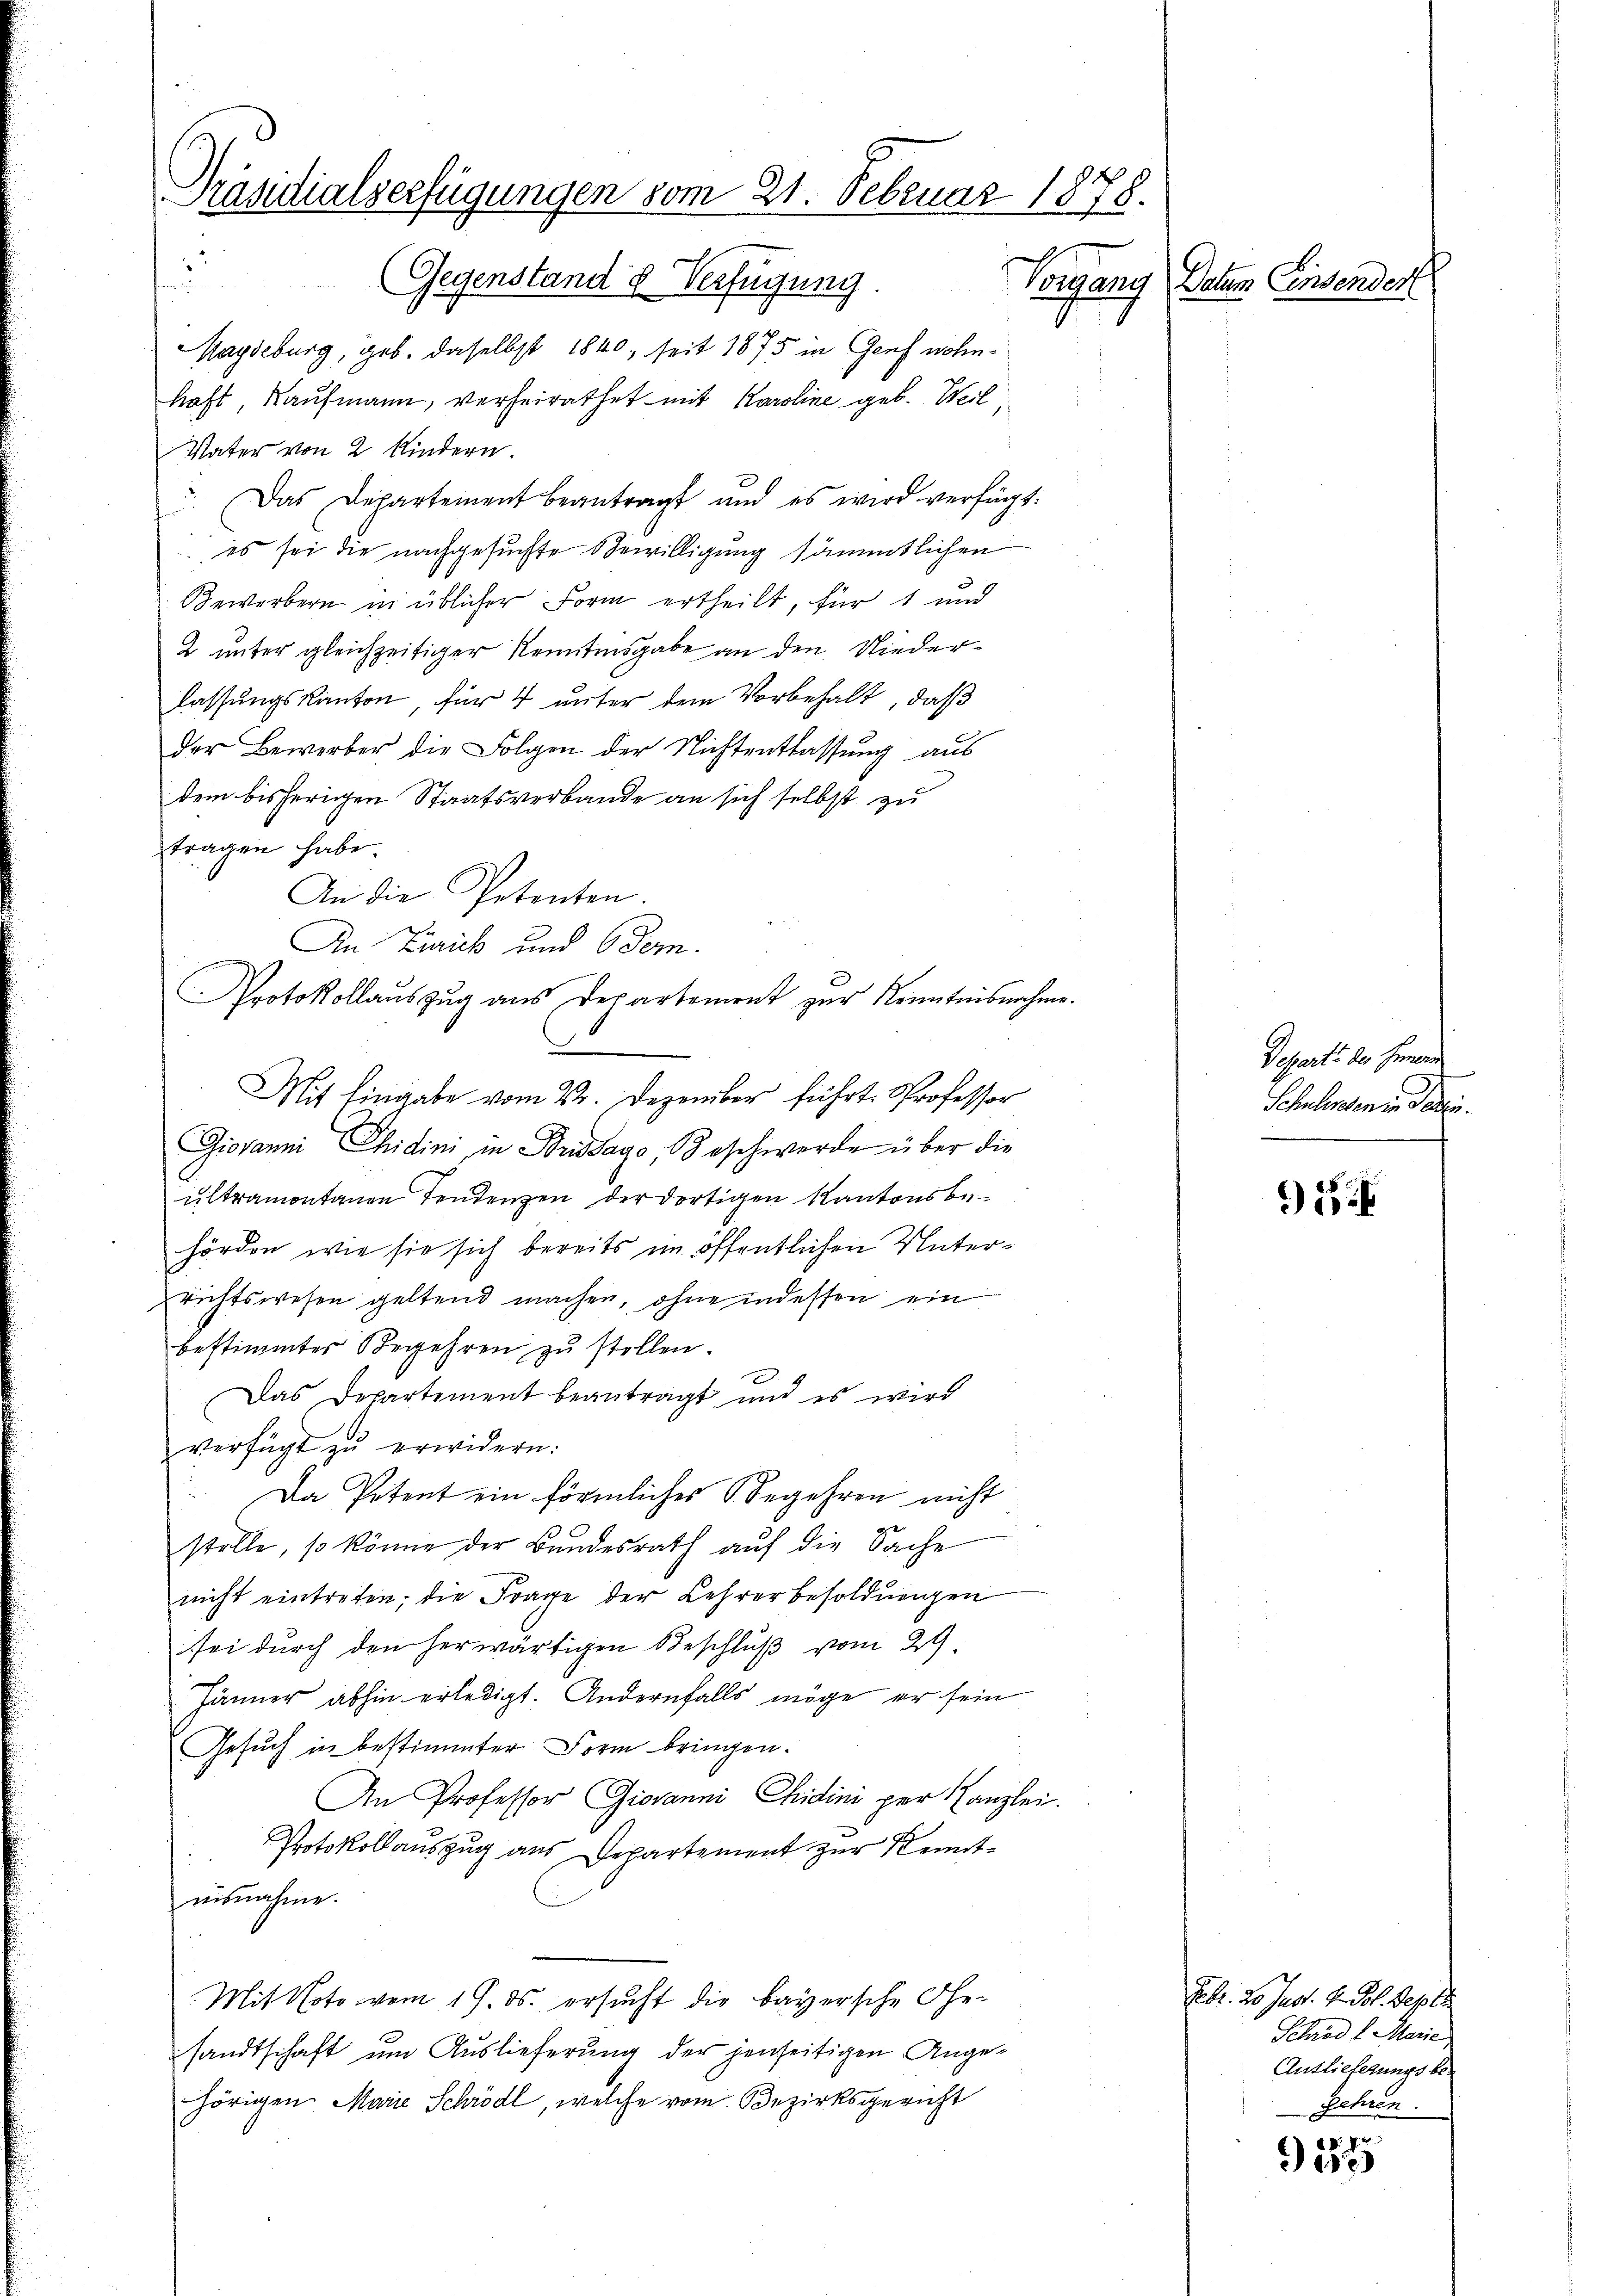
Präsidialverfügungen vom 21. Februar 1878.
Gegenstand d Verfügung Vorgang
Datum Einsendert

Magdeburg, geb. daselbst 1840, seit 1875 in Genf wohnhaft Kaufmann, verheirathet mit Karoline geb. Weil
Vater von 2 Kindern
. Das Departement beantragt und es wird verfügt:
 es sei die nachgesuchte Bewilligung sämmtlichen
Bewerbern in üblicher Form ertheilt, für 1 und
2 unter gleichzeitiger Kenntnisgabe an den Niederlassungskanton für 4 unter dem Vorbehalt, daß
der Bewerber die Folgen der Nichtentlassung aus
dem bisherigen Staatsverbande an sich selbst zu
tragen habe.
An die Petenten.
In Zürich und Oder.
Protokollauszug aus Departement zur Kenntnisnahme.
.
Mit Eingabe vom 22. Dezember führt Professor
Giovanni Chidimi, in Brissago Beschwerde über die
ultramontanen Tendenzen der dortigen Kantonsbehörden, wie sie sich bereits im öffentlichen Unterrichtswesen geltend machen, ohne indessen ein
bestimmter Begehren zŭ stellen.
Das Departement beantragt und es wird
verfügt zŭ erwidern.
Da Petent ein förmliches begehren nicht
stelle, so könne der Bundesrath auf die Sache
nicht eintreten; die Frage der Lehrerbesoldungen
sei durch den herwärtigen Beschluß vom 29.
Jänner abhin erledigt. Andernfalls möge er sein
Gesuch in bestimmter Form bringen.
An Professor Giovanni Chidini per Canzlei.
Protokollauszug aus Departement zur Kenntausnahme.
Mit Note vom 19. ds. ersucht die Bayersche Gesandtschaft um Auslieferung der jenseitigen Ange-
hörigen Marie Schrödl, welche vom Bezirksgericht

a

Departi der Gemein
Schelenden in Parten.

)

Febr. So sust. H. Joh. Septe
Schrod l. Marie
Auslieferungsbe-
gehren.

z.
Dise